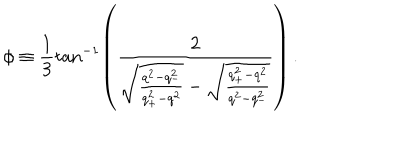
LaTeX: \phi \equiv \frac { 1 } { 3 } \tan ^ { - 1 } \left( \frac { 2 } { \sqrt { \frac { q ^ { 2 } - q _ { - } ^ { 2 } } { q _ { + } ^ { 2 } - q ^ { 2 } } } - \sqrt { \frac { q _ { + } ^ { 2 } - q ^ { 2 } } { q ^ { 2 } - q _ { - } ^ { 2 } } } } \right) \, .